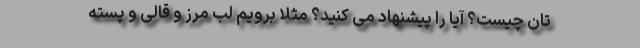
تان چیست؟ آیا را پیشنهاد می کنید؟ مثلاً برویم لب مرز و قالی و پسته